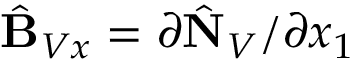
\hat { \bf B } _ { V x } = \partial \hat { \bf N } _ { V } / \partial x _ { 1 }